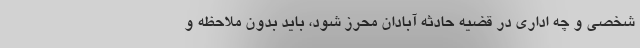
شخصی و چه اداری در قضیه حادثه آبادان محرز شود، باید بدون ملاحظه و